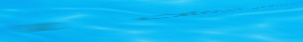
نحن نقدم لكم أفضل خدمات ا